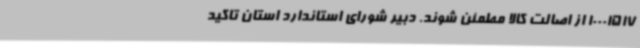
10001517 از اصالت کالا مطمئن شوند. دبیر شورای استاندارد استان تاکید